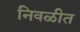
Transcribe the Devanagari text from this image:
निवळीत